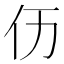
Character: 𠆮